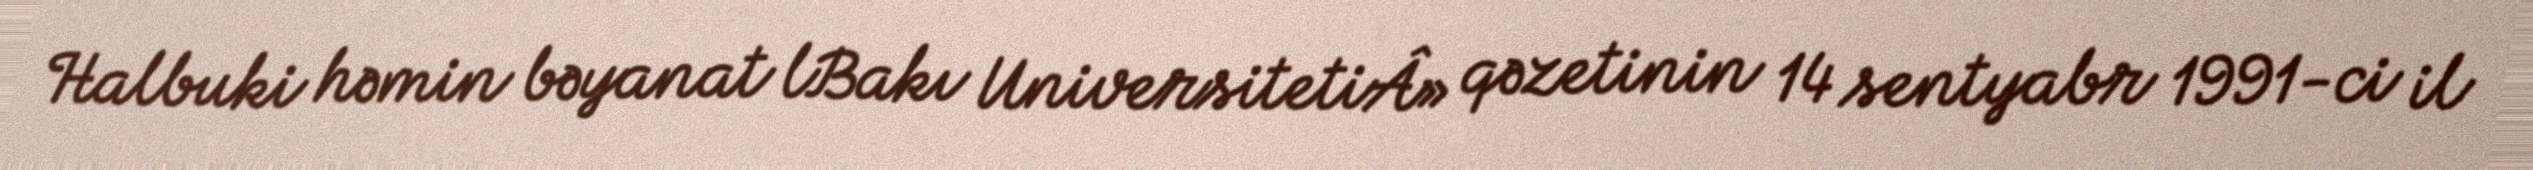
Halbuki həmin bəyanat lBakı UniversitetiÂ» qəzetinin 14 sentyabr 1991-ci il